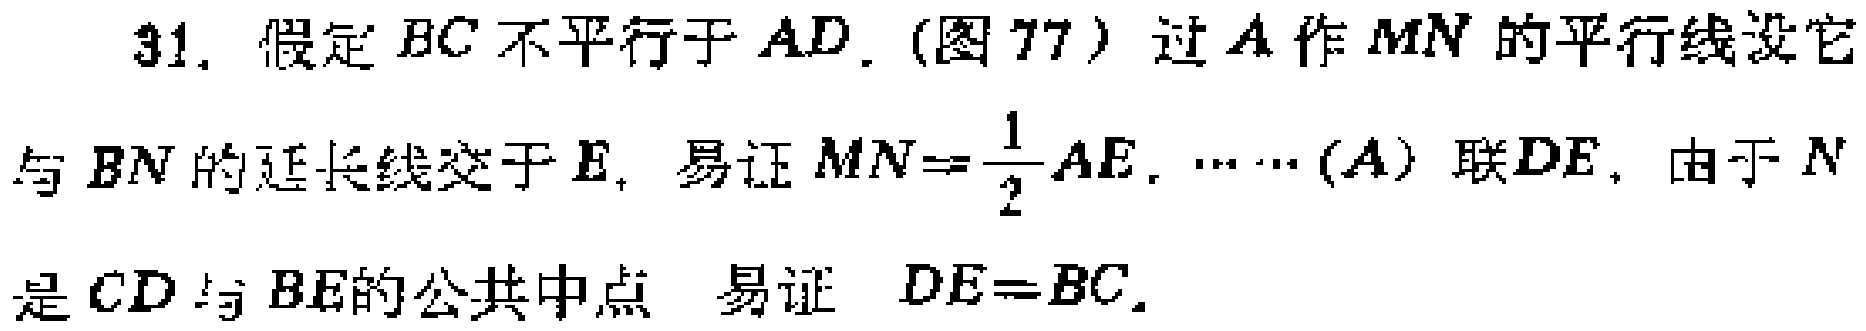
31. 假定 \(BC\) 不平行于 \(AD\).（图 77）过 \(A\) 作 \(MN\) 的平行线设它与 \(BN\) 的延长线交于 \(E\), 易证 \(MN = \frac{1}{2}AE\). \(\cdots\cdots (A)\) 联 \(DE\), 由于 \(N\)是 \(CD\) 与 \(BE\)的公共中点 易证 \(DE = BC\).